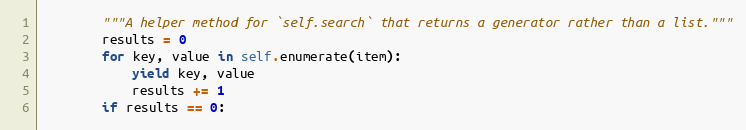
Language: Python
        """A helper method for `self.search` that returns a generator rather than a list."""
        results = 0
        for key, value in self.enumerate(item):
            yield key, value
            results += 1
        if results == 0: